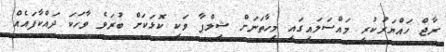
ރާޖް ހައްޔަރުކުރި މައްސަލައިގައި މިހާތަނަށް ޝިލްޕާ ވަކި ކޮޅަކަށް ބުރަވެ ވާހަކަ ދައްކާފައެއް